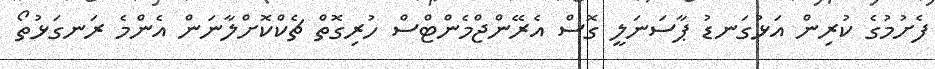
ފެށުމުގެ ކުރިން އަޅުގަނޑު ޕާސަނަލީ ގޮސް އެރޭންޖްމެންޓްސް ހުރިގޮތް ޗެކްކޮށްލާނަން އެންމެ ރަނގަޅުތޯ